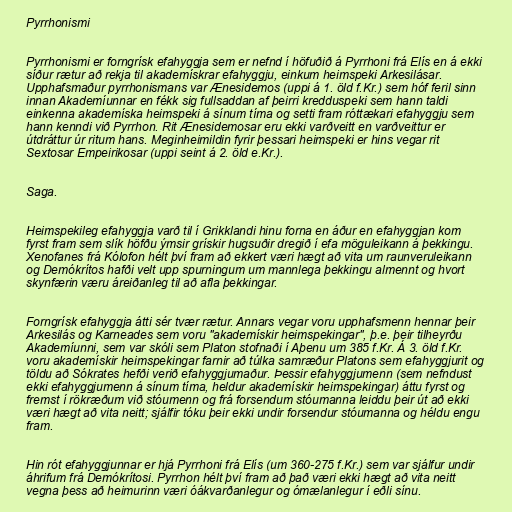
Pyrrhonismi

Pyrrhonismi er forngrísk efahyggja sem er nefnd í höfuðið á Pyrrhoni frá Elís en á ekki
síður rætur að rekja til akademískrar efahyggju, einkum heimspeki Arkesilásar.
Upphafsmaður pyrrhonismans var Ænesidemos (uppi á 1. öld f.Kr.) sem hóf feril sinn
innan Akademíunnar en fékk sig fullsaddan af þeirri kredduspeki sem hann taldi
einkenna akademíska heimspeki á sínum tíma og setti fram róttækari efahyggju sem
hann kenndi við Pyrrhon. Rit Ænesidemosar eru ekki varðveitt en varðveittur er
útdráttur úr ritum hans. Meginheimildin fyrir þessari heimspeki er hins vegar rit
Sextosar Empeirikosar (uppi seint á 2. öld e.Kr.).

Saga.

Heimspekileg efahyggja varð til í Grikklandi hinu forna en áður en efahyggjan kom
fyrst fram sem slík höfðu ýmsir grískir hugsuðir dregið í efa möguleikann á þekkingu.
Xenofanes frá Kólofon hélt því fram að ekkert væri hægt að vita um raunveruleikann
og Demókrítos hafði velt upp spurningum um mannlega þekkingu almennt og hvort
skynfærin væru áreiðanleg til að afla þekkingar.

Forngrísk efahyggja átti sér tvær rætur. Annars vegar voru upphafsmenn hennar þeir
Arkesilás og Karneades sem voru "akademískir heimspekingar", þ.e. þeir tilheyrðu
Akademíunni, sem var skóli sem Platon stofnaði í Aþenu um 385 f.Kr. Á 3. öld f.Kr.
voru akademískir heimspekingar farnir að túlka samræður Platons sem efahyggjurit og
töldu að Sókrates hefði verið efahyggjumaður. Þessir efahyggjumenn (sem nefndust
ekki efahyggjumenn á sínum tíma, heldur akademískir heimspekingar) áttu fyrst og
fremst í rökræðum við stóumenn og frá forsendum stóumanna leiddu þeir út að ekki
væri hægt að vita neitt; sjálfir tóku þeir ekki undir forsendur stóumanna og héldu engu
fram.

Hin rót efahyggjunnar er hjá Pyrrhoni frá Elís (um 360-275 f.Kr.) sem var sjálfur undir
áhrifum frá Demókrítosi. Pyrrhon hélt því fram að það væri ekki hægt að vita neitt
vegna þess að heimurinn væri óákvarðanlegur og ómælanlegur í eðli sínu.